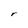
Character: r